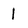
Character: I